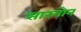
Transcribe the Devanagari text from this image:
सारगोन